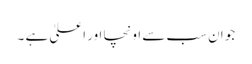
جو ان سب سے اونچا اور اعلیٰ ہے ۔